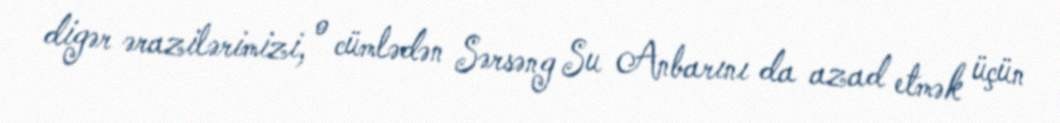
digər ərazilərimizi, o cümlədən Sərsəng Su Anbarını da azad etmək üçün